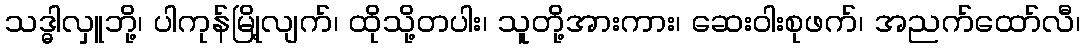
သဒ္ဓါလှူဘို့၊ ပါကုန်မြို့လျက်၊ ထိုသို့တပါး၊ သူတို့အားကား၊ ဆေးဝါးစုဖက်၊ အညက်ထော်လီ၊